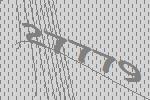
27779